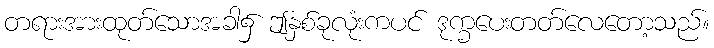
တရားအားထုတ်သောအခါ၌ ဤနှစ်ခုလုံးကပင် ဒုက္ခပေးတတ်လေတော့သည်။